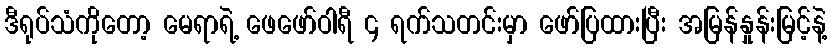
ဒီရုပ်သံကိုတော့ မေရာရဲ့ ဖေဖော်ဝါရီ ၄ ရက်သတင်းမှာ ဖော်ပြထားပြီး အမြန်နှုန်းမြင့်နဲ့